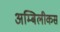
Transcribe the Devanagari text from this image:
अम्बिलीकस